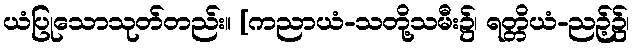
ယံပြုသောသုတ်တည်း။ [ကညာယံ-သတို့သမီး၌၊ ရတ္တိယံ-ညဉ့်၌၊